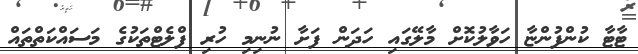
ޓާޓާ ކުންފުންޏާ ހަވާލުކޮށް މާލޭގައި ހަދަން ފަށާ ނުނިމި ހުރި ފްލެޓްތަކުގެ މަސައްކަތްތައް